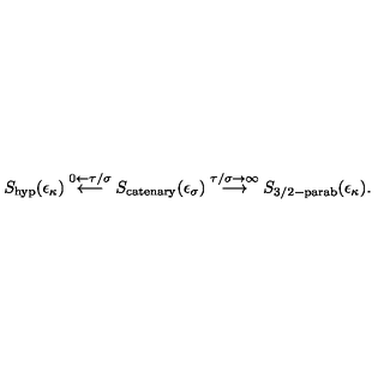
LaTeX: S _ { \mathrm { h y p } } ( \epsilon _ { \kappa } ) \stackrel { 0 \leftarrow \tau / \sigma } { \longleftarrow } S _ { \mathrm { c a t e n a r y } } ( \epsilon _ { \sigma } ) \stackrel { \tau / \sigma \rightarrow \infty } { \longrightarrow } S _ { \mathrm { 3 / 2 - p a r a b } } ( \epsilon _ { \kappa } ) .